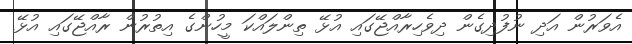
އެވަރުން އަދި ނުފުދިގެން ދިވެހިރާއްޖޭގައި އުޅޭ ތިންލައްކަ މީހުންގެ އިތުރުން ރާއްޖޭގައި އުޅޭ